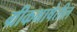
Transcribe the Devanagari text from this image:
ग्रीकभाषेतील